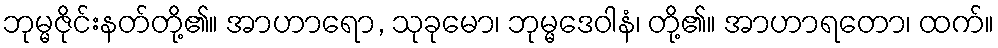
ဘုမ္မဇိုင်းနတ်တို့၏။ အာဟာရော, သုခုမော၊ ဘုမ္မဒေဝါနံ၊ တို့၏။ အာဟာရတော၊ ထက်။